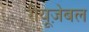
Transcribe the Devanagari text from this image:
रीयूज़ेबल